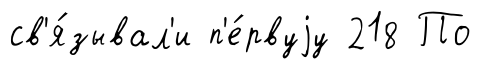
св'я́зывал'и п'е́рвуjу 218 По